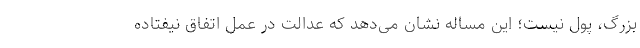
بزرگ، پول نیست؛ این مساله نشان می‌دهد که عدالت در عمل اتفاق نیفتاده